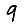
Digit: 9